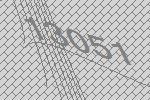
13051